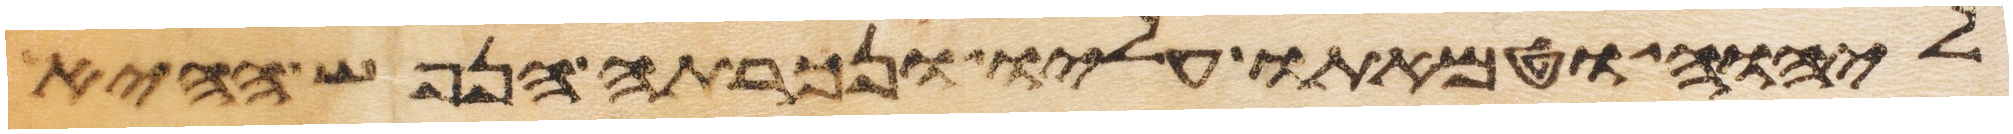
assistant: ליהוה וטמאתו עליו ונכרתה הנפש ההיא